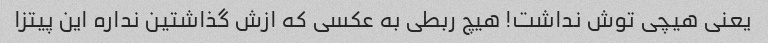
یعنی هیچی توش نداشت! هیچ ربطی به عکسی که ازش گذاشتین نداره این پیتزا